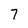
Character: 7